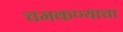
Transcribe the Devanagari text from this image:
चमकण्याचा